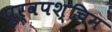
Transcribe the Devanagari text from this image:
पुर्वपश्चिम